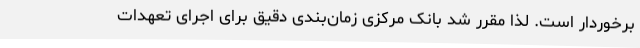
برخوردار است. لذا مقرر شد بانک مرکزی زمان‌بندی دقیق برای اجرای تعهدات